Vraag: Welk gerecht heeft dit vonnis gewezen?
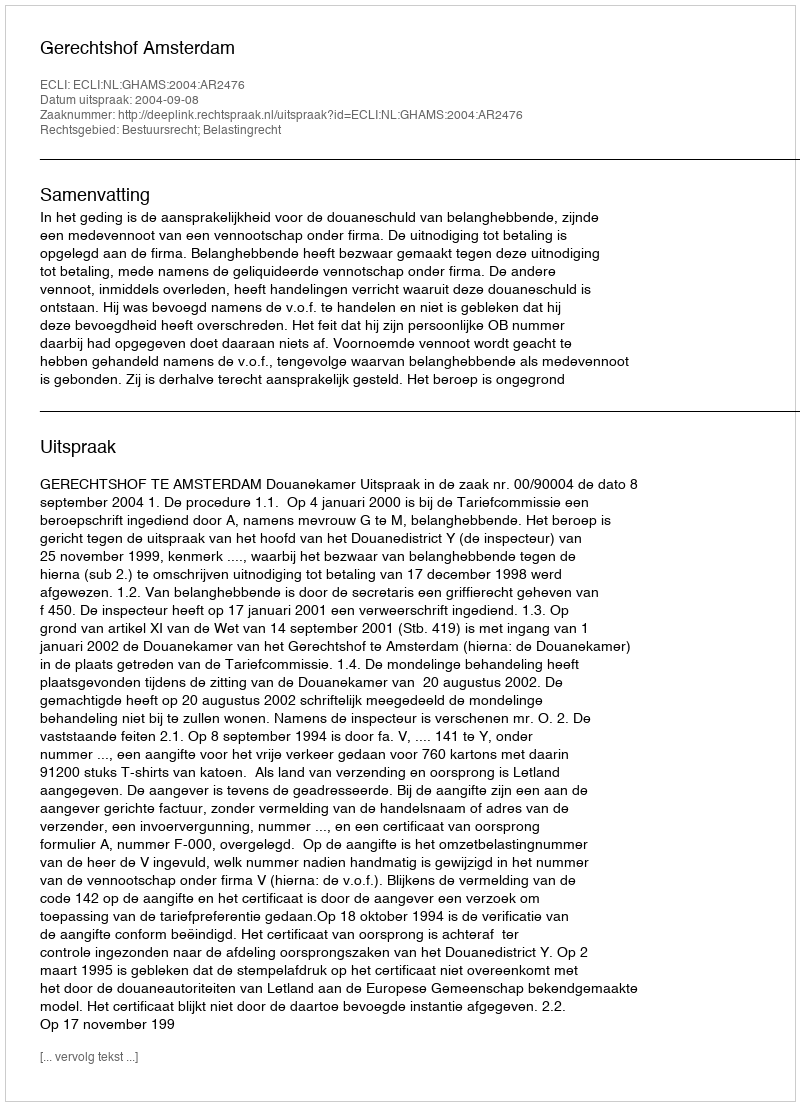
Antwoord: Gerechtshof Amsterdam